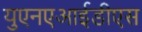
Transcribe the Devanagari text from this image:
युएनएआईडीएस